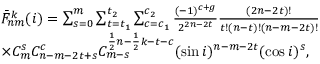
\begin{array} { r l } & { \bar { F } _ { n m } ^ { k } ( i ) = \sum _ { s = 0 } ^ { m } \sum _ { t = t _ { 1 } } ^ { t _ { 2 } } \sum _ { c = c _ { 1 } } ^ { c _ { 2 } } \frac { ( - 1 ) ^ { c + g } } { 2 ^ { 2 n - 2 t } } \frac { ( 2 n - 2 t ) ! } { t ! ( n - t ) ! ( n - m - 2 t ) ! } } \\ & { \times C _ { m } ^ { s } C _ { n - m - 2 t + s } ^ { c } C _ { m - s } ^ { \frac { 1 } { 2 } n - \frac { 1 } { 2 } k - t - c } ( \sin i ) ^ { n - m - 2 t } ( \cos i ) ^ { s } , } \end{array}